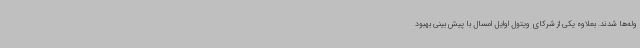
وله‌ها شدند. بعلاوه یکی از شرکای ویتول اوایل امسال با پیش بینی بهبود